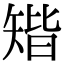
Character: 𥏪